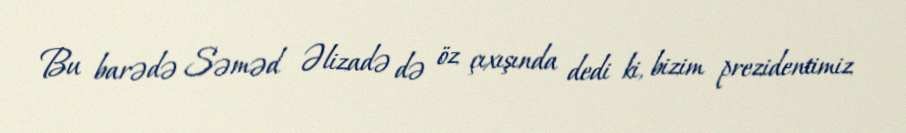
Bu barədə Səməd Əlizadə də öz çıxışında dedi ki, bizim prezidentimiz